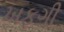
ખફગી